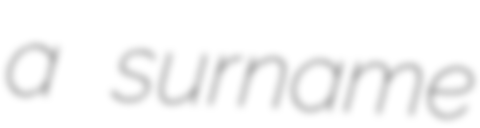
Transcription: a surname